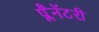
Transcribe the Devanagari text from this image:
प्लैनॅटरी